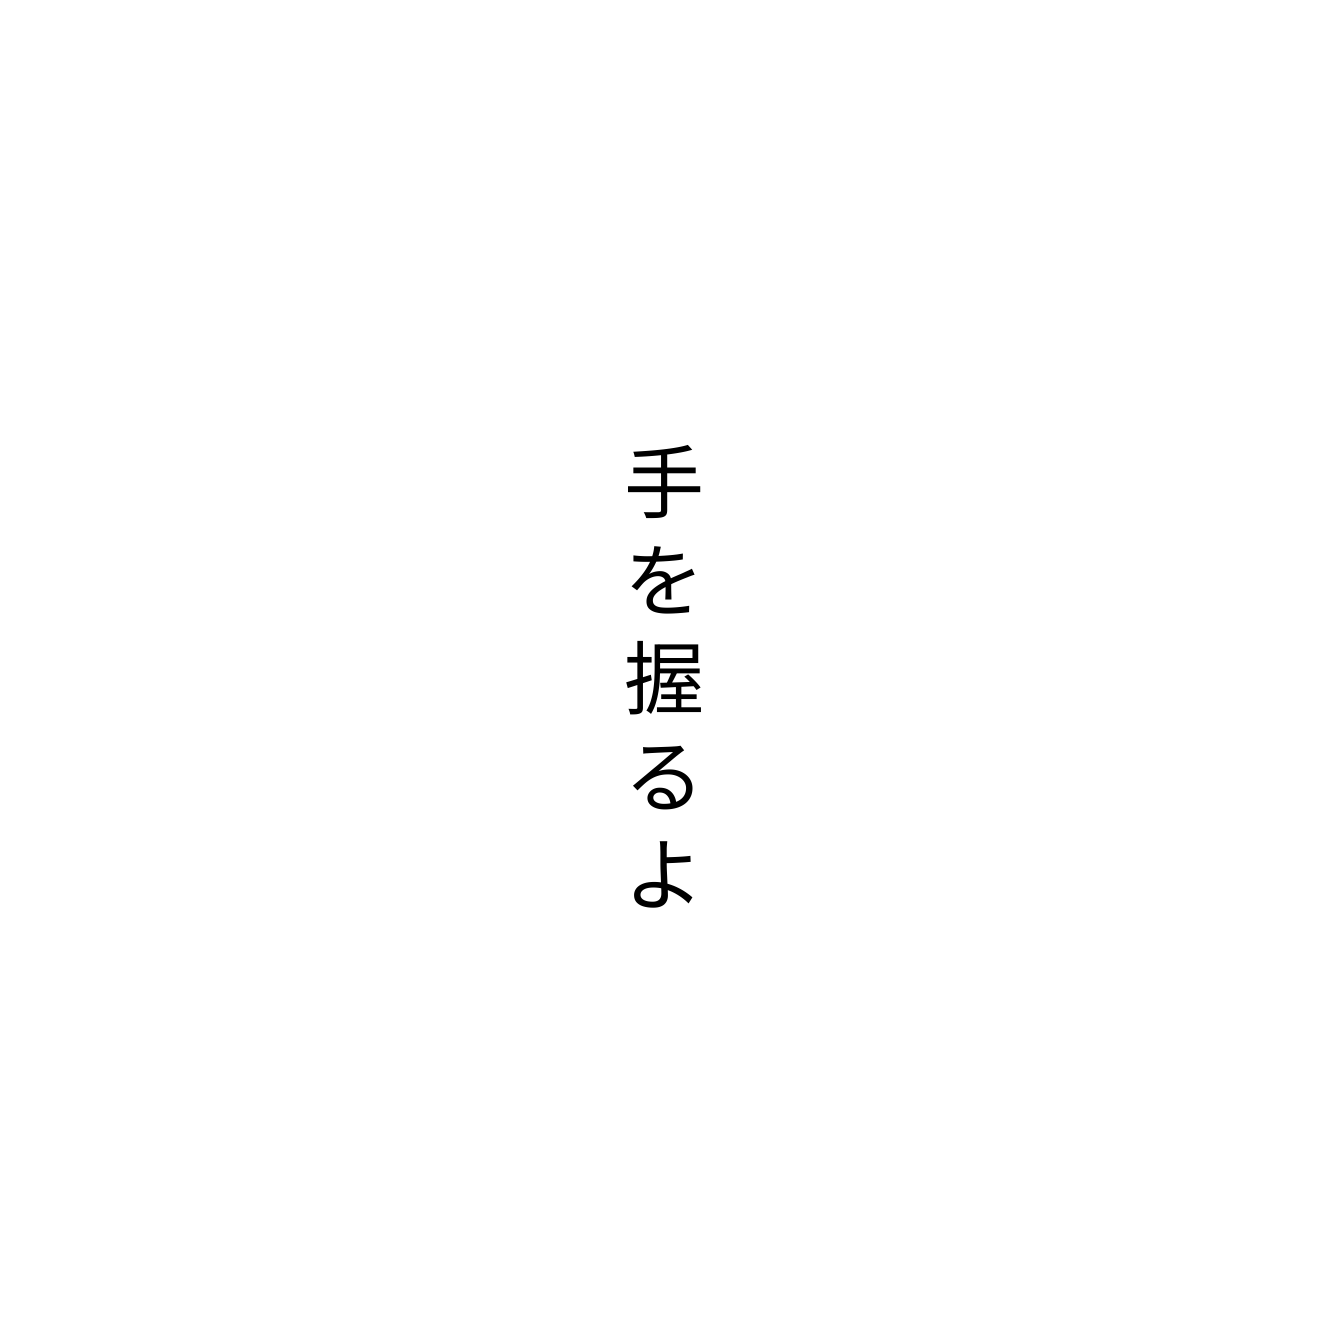
手を握るよ